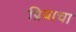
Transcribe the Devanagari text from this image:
प्रियाचा